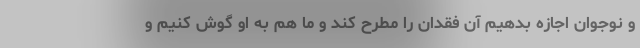
و نوجوان اجازه بدهیم آن فقدان را مطرح کند و ما هم به او گوش کنیم و